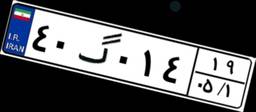
۴۰گ۰۱۴۱۹